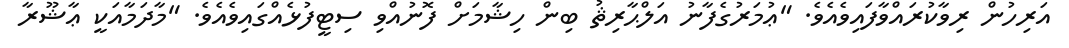
އަރިހުން ރިވާކުރައްވާފައިވެއެވެ. "ޢުމަރުގެފާނު އަލްޙާރިޘު ބިން ހިޝާމަށް ފޮނުއްވި ސިޓީފުޅެއްގައިވެއެވެ. "މާދަމާއަކީ ޢާޝޫރާ